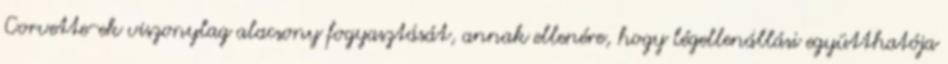
Corvette-ek viszonylag alacsony fogyasztását, annak ellenére, hogy légellenállási együtthatója